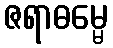
ဇရာဓမ္မေ